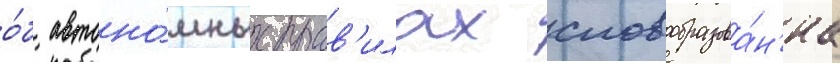
о́б автоно́мных прав'илах словообразова́н'иа